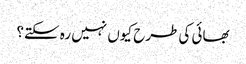
بھائی کی طرح کیوں نہیں رہ سکتے؟